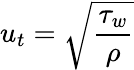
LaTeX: u_{t}=\sqrt{\frac{\tau_{w}}{\rho}}